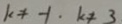
k \neq - 1 . k \neq 3